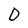
Character: D